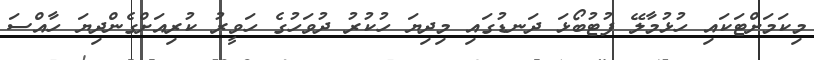
މިކަމަށްޓަކައި ހުޅުމާލޭ ފުޓުބޯޅަ ދަނޑުގައި މިދިޔަ ހުކުރު ދުވަހުގެ ހަވީރު ކުރިއަށްގެންދިޔަ ހާއްސަ